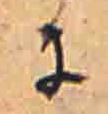
に